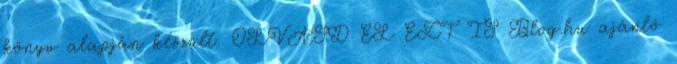
könyv alapján készült. OLVASD EL EZT IS Blog.hu ajánló